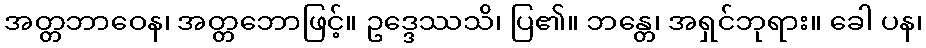
အတ္တဘာဝေန၊ အတ္တဘောဖြင့်။ ဥဒ္ဒေဿသိ၊ ပြ၏။ ဘန္တေ၊ အရှင်ဘုရား။ ခေါ ပန၊